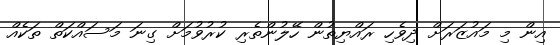
އިން މި މައުޒަރަށް ދިވެހި ރައްޔިތުން ހޭލުންތެރި ކުރުވުމަށް ގިނަ މަސައްކަތް ތަކެއް